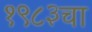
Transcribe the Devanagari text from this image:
१९८३चा